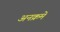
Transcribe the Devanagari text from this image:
अनक्रमे